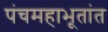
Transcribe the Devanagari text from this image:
पंचमहाभूतांत